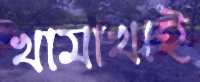
খামাখাই